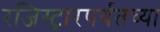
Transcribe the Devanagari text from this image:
रजिस्ट्रारपर्यंतच्या